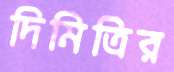
দিমিত্রির